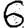
Digit: 6